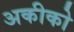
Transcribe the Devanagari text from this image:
अकीको